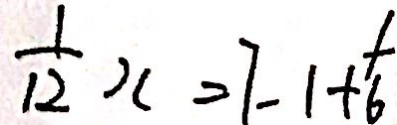
\frac { 1 } { 1 2 } x = 7 - 1 + \frac { 1 } { 6 }